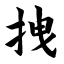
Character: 拽